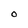
Character: O